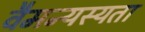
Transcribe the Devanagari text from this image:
वैमन्यस्यता